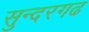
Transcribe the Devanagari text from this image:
सुन्दरगढ